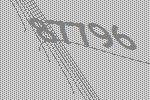
87796